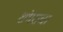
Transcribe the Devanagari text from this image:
शंभराचा